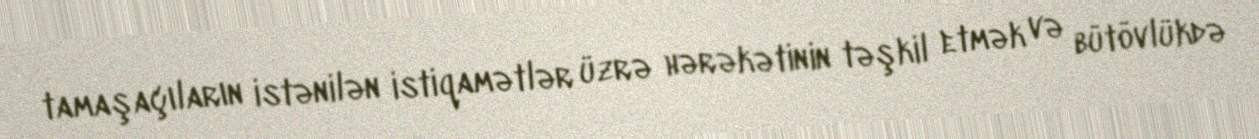
tamaşaçıların istənilən istiqamətlər üzrə hərəkətinin təşkil etmək və bütövlükdə